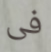
فى